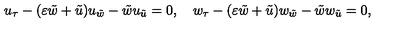
u _ { \tau } - ( \varepsilon { \tilde { w } } + { \tilde { u } } ) u _ { \tilde { w } } - { \tilde { w } } u _ { { \tilde { u } } } = 0 , \quad w _ { \tau } - ( \varepsilon { \tilde { w } } + { \tilde { u } } ) w _ { \tilde { w } } - { \tilde { w } } w _ { { \tilde { u } } } = 0 ,